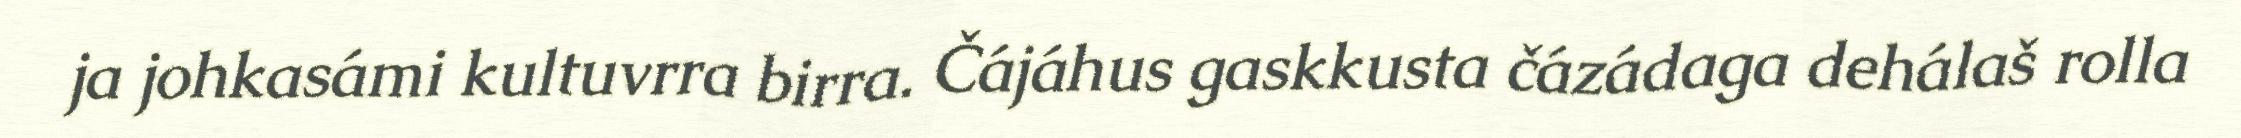
ja johkasámi kultuvrra birra. Čájáhus gaskkusta čázádaga dehálaš rolla